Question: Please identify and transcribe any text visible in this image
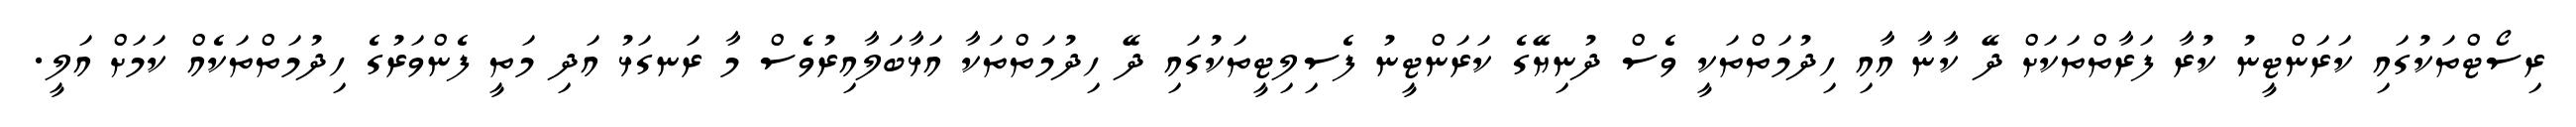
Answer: ރިސޯޓްތަކުގައި ކަރަންޓީނު ކުރާ ފަރާތްތަކަށް ދޭ ކާނާ އާއި ހިދުމަތްތަކީ ވެސް ދުނިޔޭގެ ކަރަންޓީނު ފެސިލިޓީތަކުގައި ދޭ ހިދުމަތްތަކާ އަޅާބަލާއިރުވެސް މާ ރަނގަޅު އަދި މަތީ ފެންވަރުގެ ހިދުމަތްތަކެއް ކަމަށް އަލީ.